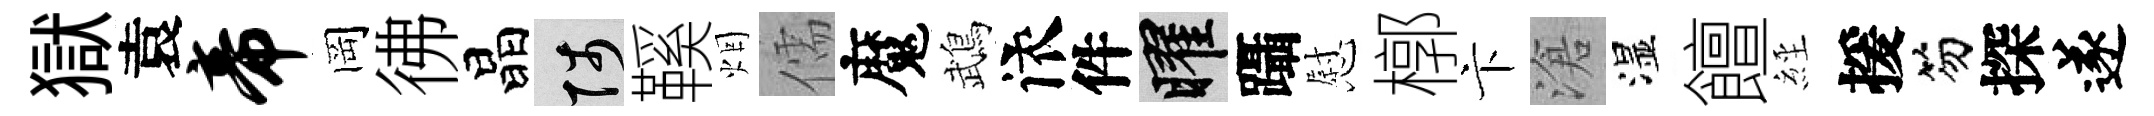
獄袁帝岡彿晶陟鞵烟儒魔鵡依件曜躡慰槨卞滄湿饘𦀇援笏探遂